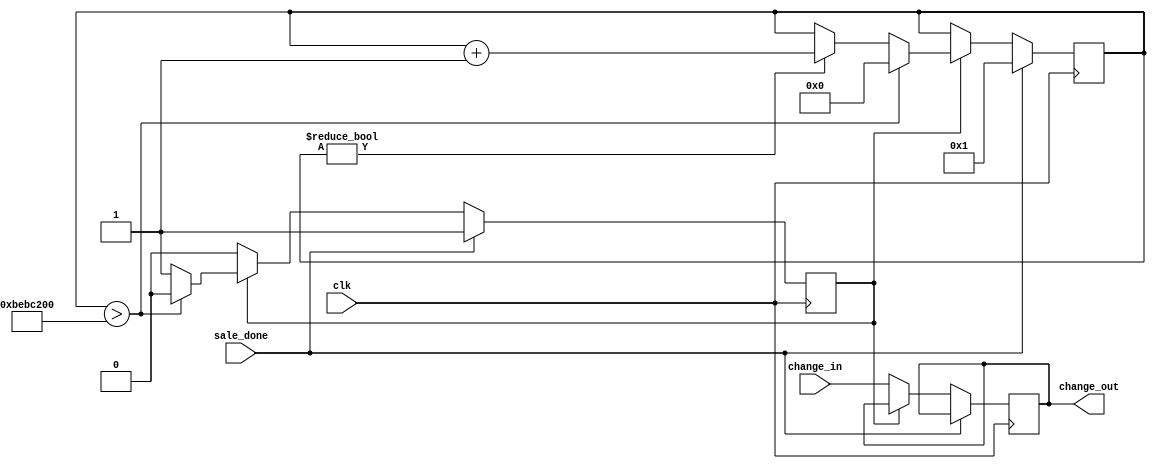
`timescale 1ns / 1ps

module change_delayer(
    input clk,
    input [13:0] change_in,
    input sale_done,
    output reg [13:0] change_out
    );
    
    
    reg [27:0] count;
    
    reg out;
    
    initial
    begin
    count = 0;
    out = 0;
    end
    
    always @ (posedge clk)
    begin
        if (sale_done)
        begin
            out = 1;
            count = 1;
        end
        else if (out)
        begin        
            if (count > 200000000)
                begin
                    out = 0;
                    count = 0;
                end
                else if (count)
                begin
                    count = count + 1;
                end
            end
        else
        begin
        change_out = change_in;
        end
    end
endmodule